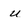
Character: u